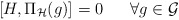
\begin{align*}[H , \Pi _{\cal H} (g) ] = 0 \ \ \ \ \ \forall g\in {\cal G} \end{align*}